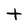
Character: t